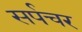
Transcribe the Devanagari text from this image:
सर्पचर